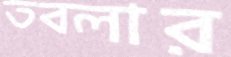
তবলার